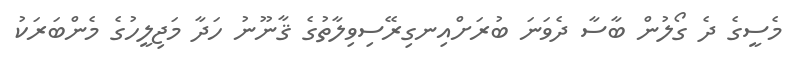
މެސީގެ ދެ ގޯލުން ބާސާ ދެވަނަ ބުރަށްއިނގިރޭސިވިލާތުގެ ޤާނޫނު ހަދާ މަޖިލީހުގެ މެންބަރަކު